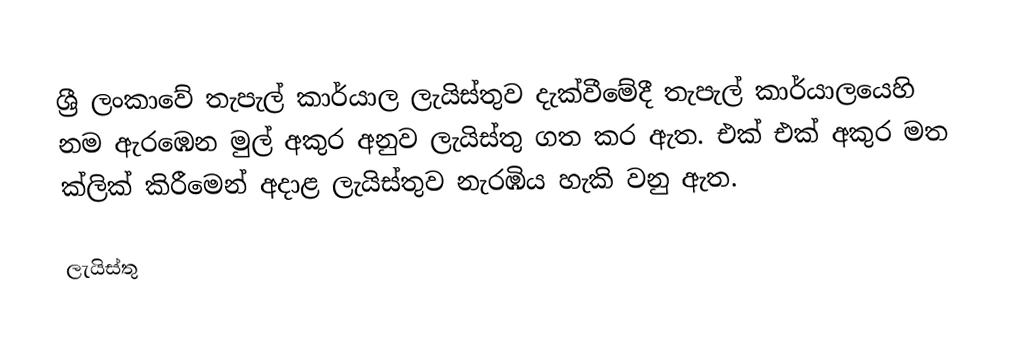
ශ්‍රී ලංකාවේ තැපැල් කාර්යාල ලැයිස්තුව දැක්වීමේදී තැපැල් කාර්යාලයෙහි නම ඇරඹෙන මුල් අකුර අනුව ලැයිස්තු ගත කර ඇත. එක් එක් අකුර මත ක්ලික් කිරීමෙන් අදාළ ලැයිස්තුව නැරඹිය හැකි වනු ඇත.

ලැයිස්තු